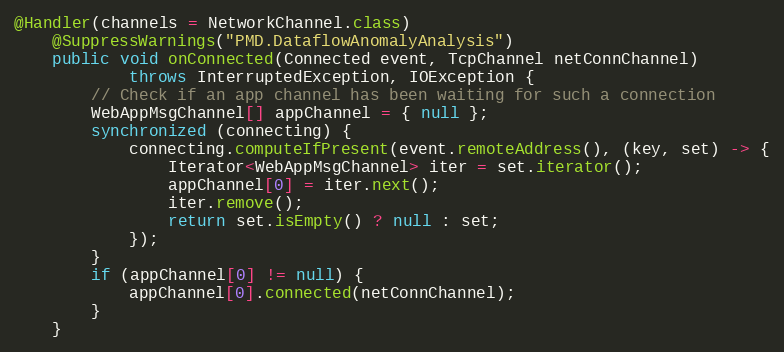
Language: Java
@Handler(channels = NetworkChannel.class)
    @SuppressWarnings("PMD.DataflowAnomalyAnalysis")
    public void onConnected(Connected event, TcpChannel netConnChannel)
            throws InterruptedException, IOException {
        // Check if an app channel has been waiting for such a connection
        WebAppMsgChannel[] appChannel = { null };
        synchronized (connecting) {
            connecting.computeIfPresent(event.remoteAddress(), (key, set) -> {
                Iterator<WebAppMsgChannel> iter = set.iterator();
                appChannel[0] = iter.next();
                iter.remove();
                return set.isEmpty() ? null : set;
            });
        }
        if (appChannel[0] != null) {
            appChannel[0].connected(netConnChannel);
        }
    }